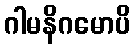
ဂါမနိဂမောပိ